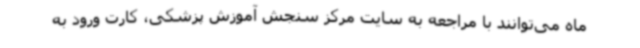
ماه می‌توانند با مراجعه به سایت مرکز سنجش آموزش پزشکی، کارت ورود به